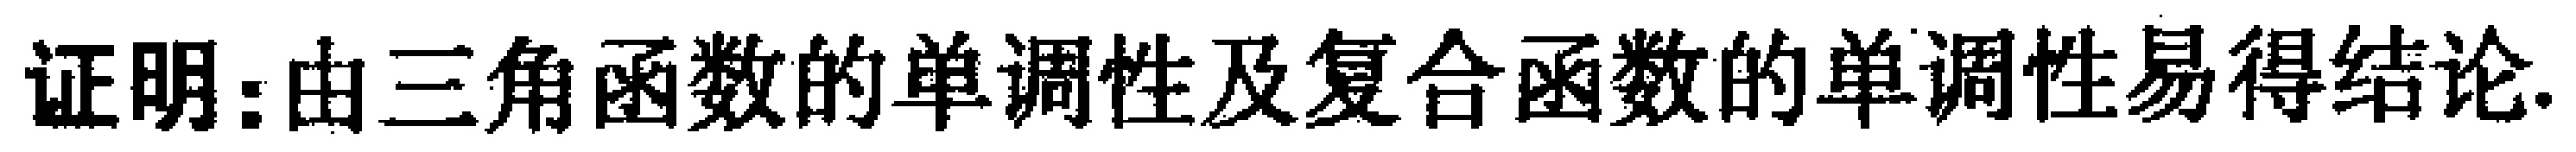
证明：由三角函数的单调性及复合函数的单调性易得结论.